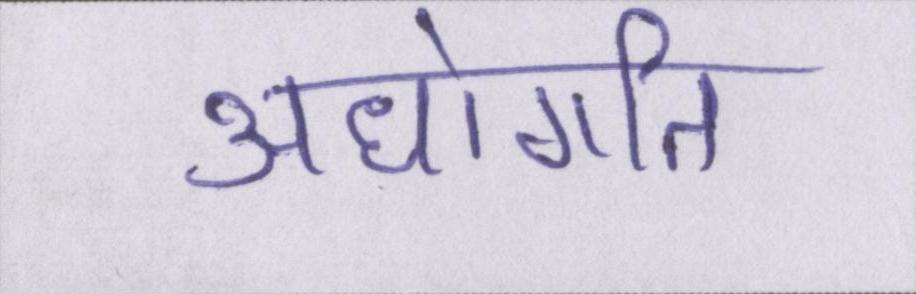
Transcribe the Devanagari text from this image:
अधोगति